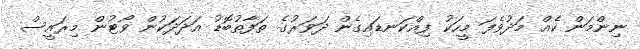
ނިންމަން ކެއް މަދުވެފަ މީހަކު ފިއްކަނޑައިގެން ދަވަރުގެ ތަފާތުބޮޑު އަދަދަކުން ވޯޓުން މިރައީސް